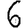
Digit: 6